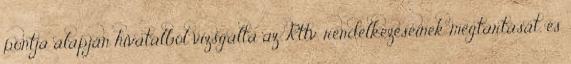
pontja alapján hivatalból vizsgálta az Rttv. rendelkezéseinek megtartását, és